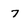
Character: 7